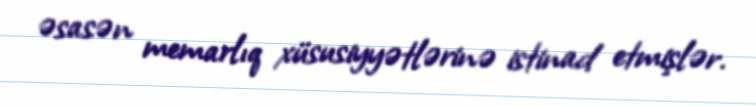
əsasən memarlıq xüsusiyyətlərinə istinad etmişlər.